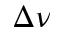
\Delta \nu